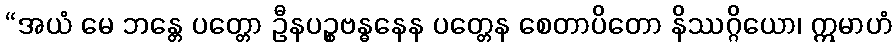
“အယံ မေ ဘန္တေ ပတ္တော ဦနပဉ္စဗန္ဓနေန ပတ္တေန စေတာပိတော နိဿဂ္ဂိယော၊ ဣမာဟံ